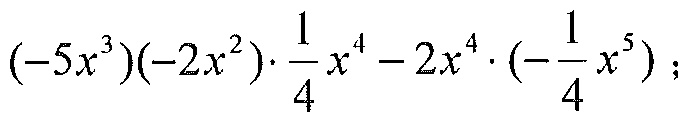
\((-5x^{3})(-2x^{2})\cdot\frac{1}{4}x^{4}-2x^{4}\cdot(-\frac{1}{4}x^{5})\)